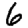
Digit: 6